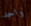
واحد